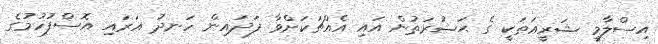
އިސްލާމީ ޝަރީޢަތަކީ ގެ ޙަޟުރަތުން އައި އެއްޗަކަށްވާ ފަދައިން ހަނދު އަރައި އޮސްފުހުމުގެ